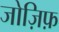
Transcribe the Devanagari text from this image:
जोज़िफ़